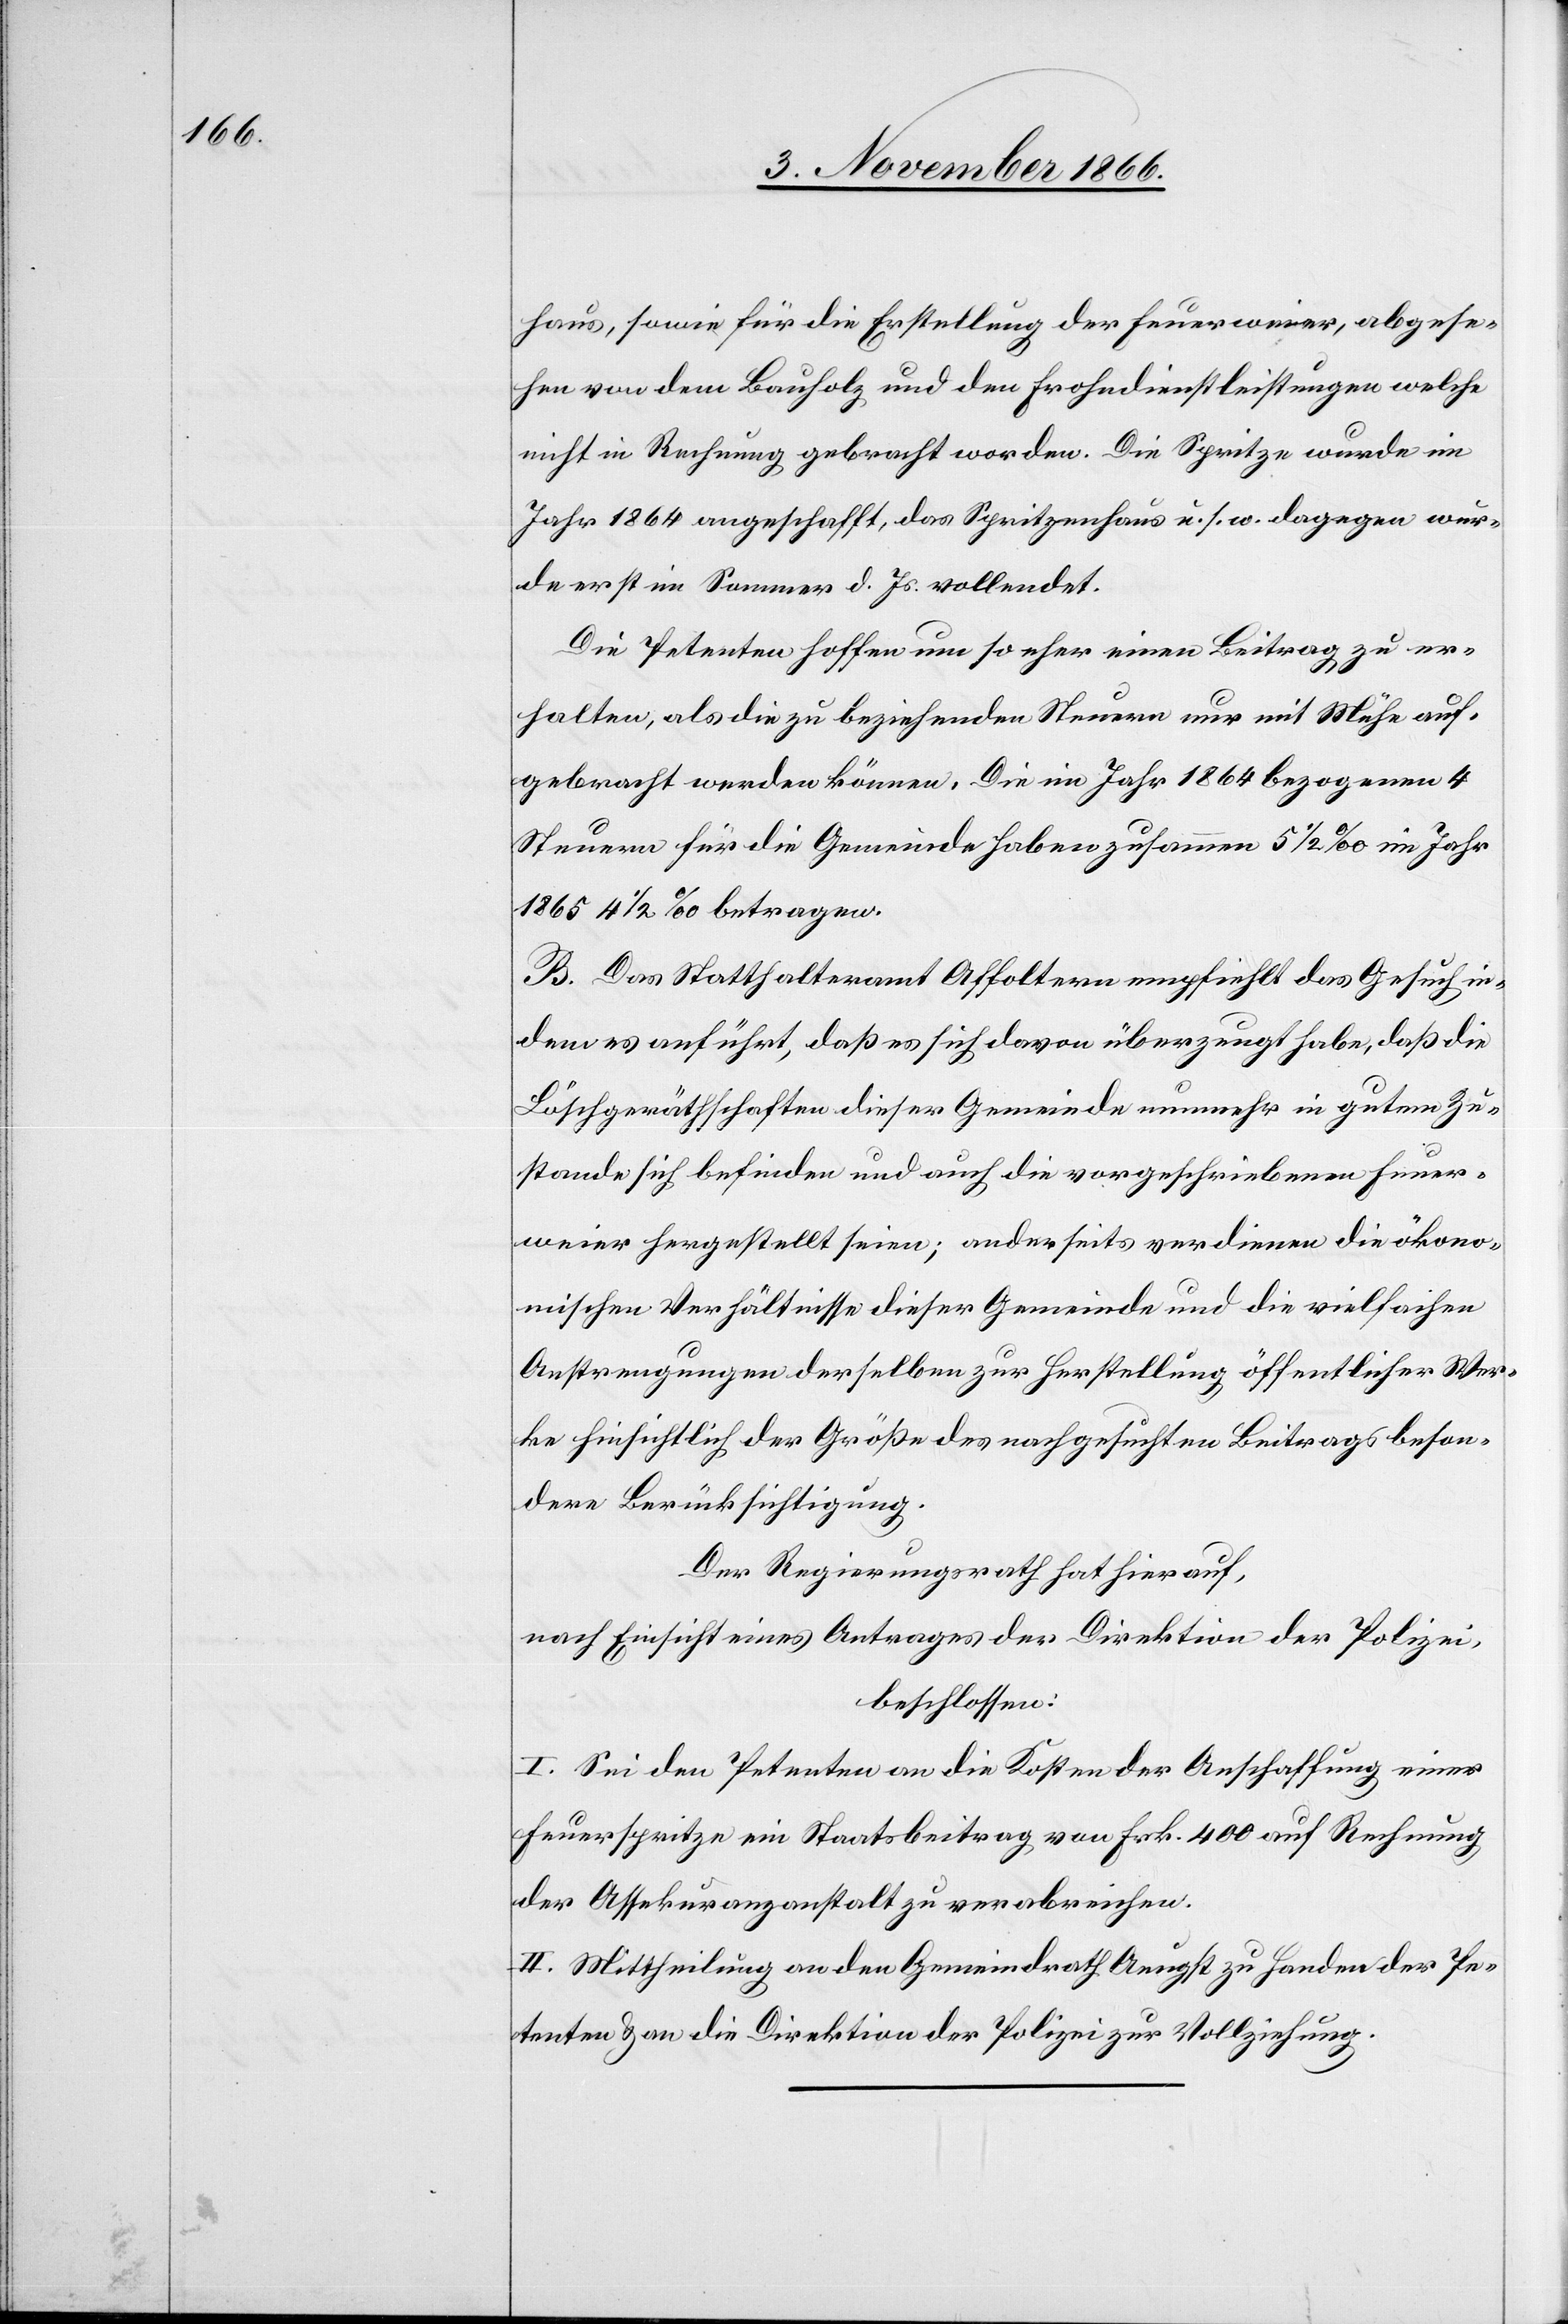
haus, sowie für die Erstellung der Feuerweier, abgese¬
hen von dem Bauholz und den Frohndienstleistungen welche
nicht in Rechnung gebracht worden. Die Spritze wurde im
Jahr 1864 angeschafft, das Spritzenhaus u. s. w. dagegen wur¬
de erst im Sommer d. Js. vollendet.
Die Petenten hoffen um so eher einen Beitrag zu er¬
halten, als die zu beziehenden Steuern nur mit Mühe auf¬
gebracht werden können. Die im Jahr 1864 bezogenen 4
Steuern für die Gemeinde haben zusammen 5 ½ ‰[,] im Jahr
1865 4 ½ ‰ betragen.
B. Das Statthalteramt Affoltern empfiehlt das Gesuch in¬
dem es anführt, daß es sich davon überzeugt habe, daß die
Löschgeräthschaften dieser Gemeinde nunmehr in gutem Zu¬
stande sich befinden und auch die vorgeschriebenen Feuer¬
weier hergestellt seien; anderseits verdienen die ökono¬
mischen Verhältnisse dieser Gemeinde und die vielfachen
Anstrengungen derselben zur Herstellung öffentlicher Wer¬
ke hinsichtlich der Größe des nachgesuchten Beitrags beson¬
dere Berücksichtigung.
Der Regierungsrath hat hierauf,
nach Einsicht eines Antrages der Direktion der Polizei,
beschlossen:
I. Sei den Petenten an die Kosten der Anschaffung einer
Feuerspritze ein Staatsbeitrag von Frk. 400 auf Rechnung
der Assekuranzanstalt zu verabreichen.
II. Mittheilung an den Gemeindrath Aeugst zu Handen der Pe¬
tenten & an die Direktion der Polizei zur Vollziehung.